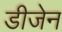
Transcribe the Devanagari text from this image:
डीजेन